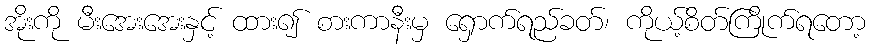
အိုးကို မီးအေးအေးနှင့် ထား၍ စားကာနီးမှ ရှောက်ရည်ခတ်၊ ကိုယ့်စိတ်ကြိုက်ရတော့